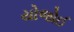
યોજોઈ